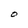
Character: O